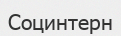
Социнтерн